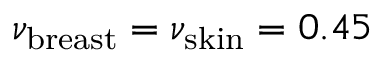
\nu _ { \mathrm { b r e a s t } } = \nu _ { \mathrm { s k i n } } = 0 . 4 5